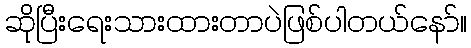
ဆိုပြီးရေးသားထားတာပဲဖြစ်ပါတယ်နော်။